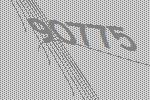
90775